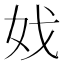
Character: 𡛏